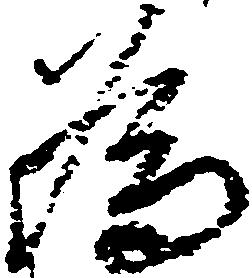
為